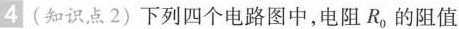
4 (知识点 2) 下列四个电路图中，电阻R_{0}} 的阻值